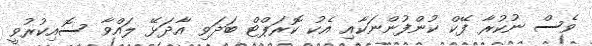
ވެސް ނުކުރާ ފޭކް ކުންފުންނަކާއި އެކު ކޮރަޕްޓް ބަދަވި އާދަޅޭ ލައްވާ ސޮއިކުރުވީ